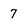
Character: 7